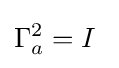
\Gamma _{a}^{2}=I~